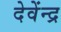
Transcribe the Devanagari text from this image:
देवेंन्द्र